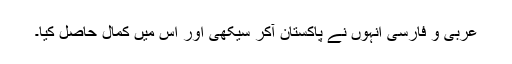
عربی و فارسی انہوں نے پاکستان آکر سیکھی اور اس میں کمال حاصل کیا۔